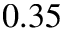
0 . 3 5